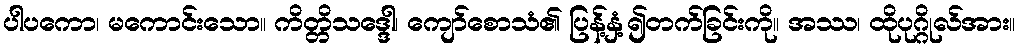
ပါပကော၊ မကောင်းသော။ ကိတ္တိသဒ္ဒေါ၊ ကျော်စောသံ၏ ပြန့်နှံ့၍တက်ခြင်းကို။ အဿ၊ ထိုပုဂ္ဂိုလ်အား။